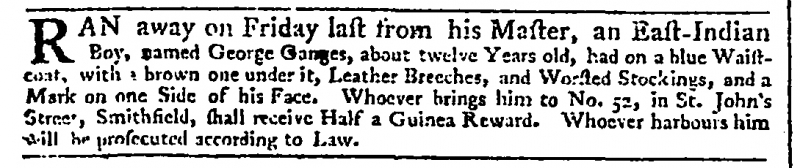
Daily Advertiser, 5 September 1774 (England)
RAN away on Friday last from his Master, an East-Indian Boy, named George Ganges, about twelve Years old, had on a blue Waistcoat, with a brown one under it, Leather Breeches, and Worsted Stockings, and a Mark on one Side of his Face. Whoever brings him to No. 52, in St. John’s Street, Smithfield, shall receive Half a Guinea Reward. Whoever harbours him will be prosecuted according to Law.